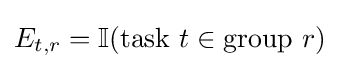
E_{t,r}=\mathbb {I} ({\text{task }}t\in {\text{group }}r)